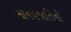
માનવજાતિનો